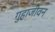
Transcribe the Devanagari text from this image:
गुहाजीवन